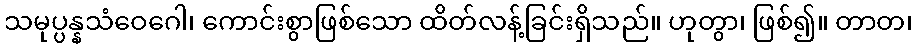
သမုပ္ပန္နသံဝေဂေါ၊ ကောင်းစွာဖြစ်သော ထိတ်လန့်ခြင်းရှိသည်။ ဟုတွာ၊ ဖြစ်၍။ တာတ၊